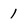
Character: 1